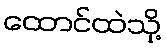
ထောင်ထဲသို့